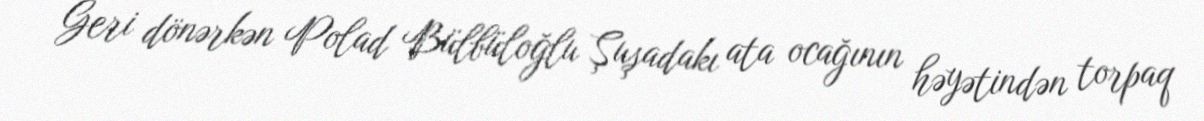
Geri dönərkən Polad Bülbüloğlu Şuşadakı ata ocağının həyətindən torpaq